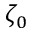
\zeta _ { 0 }